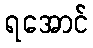
ရအောင်